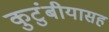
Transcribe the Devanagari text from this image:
कुटुंबीयासह